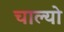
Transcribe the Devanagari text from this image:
चाल्यो